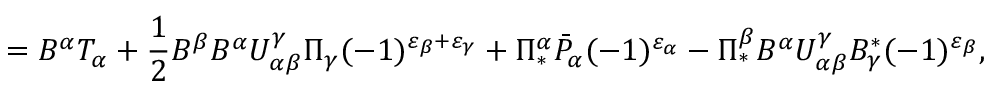
= B ^ { \alpha } { \cal T } _ { \alpha } + \frac { 1 } { 2 } B ^ { \beta } B ^ { \alpha } U _ { \alpha \beta } ^ { \gamma } \Pi _ { \gamma } ( - 1 ) ^ { \varepsilon _ { \beta } + \varepsilon _ { \gamma } } + \Pi _ { * } ^ { \alpha } \bar { \cal P } _ { \alpha } ( - 1 ) ^ { \varepsilon _ { \alpha } } - \Pi _ { * } ^ { \beta } B ^ { \alpha } U _ { \alpha \beta } ^ { \gamma } B _ { \gamma } ^ { * } ( - 1 ) ^ { \varepsilon _ { \beta } } ,